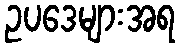
ဥပဒေများအရ